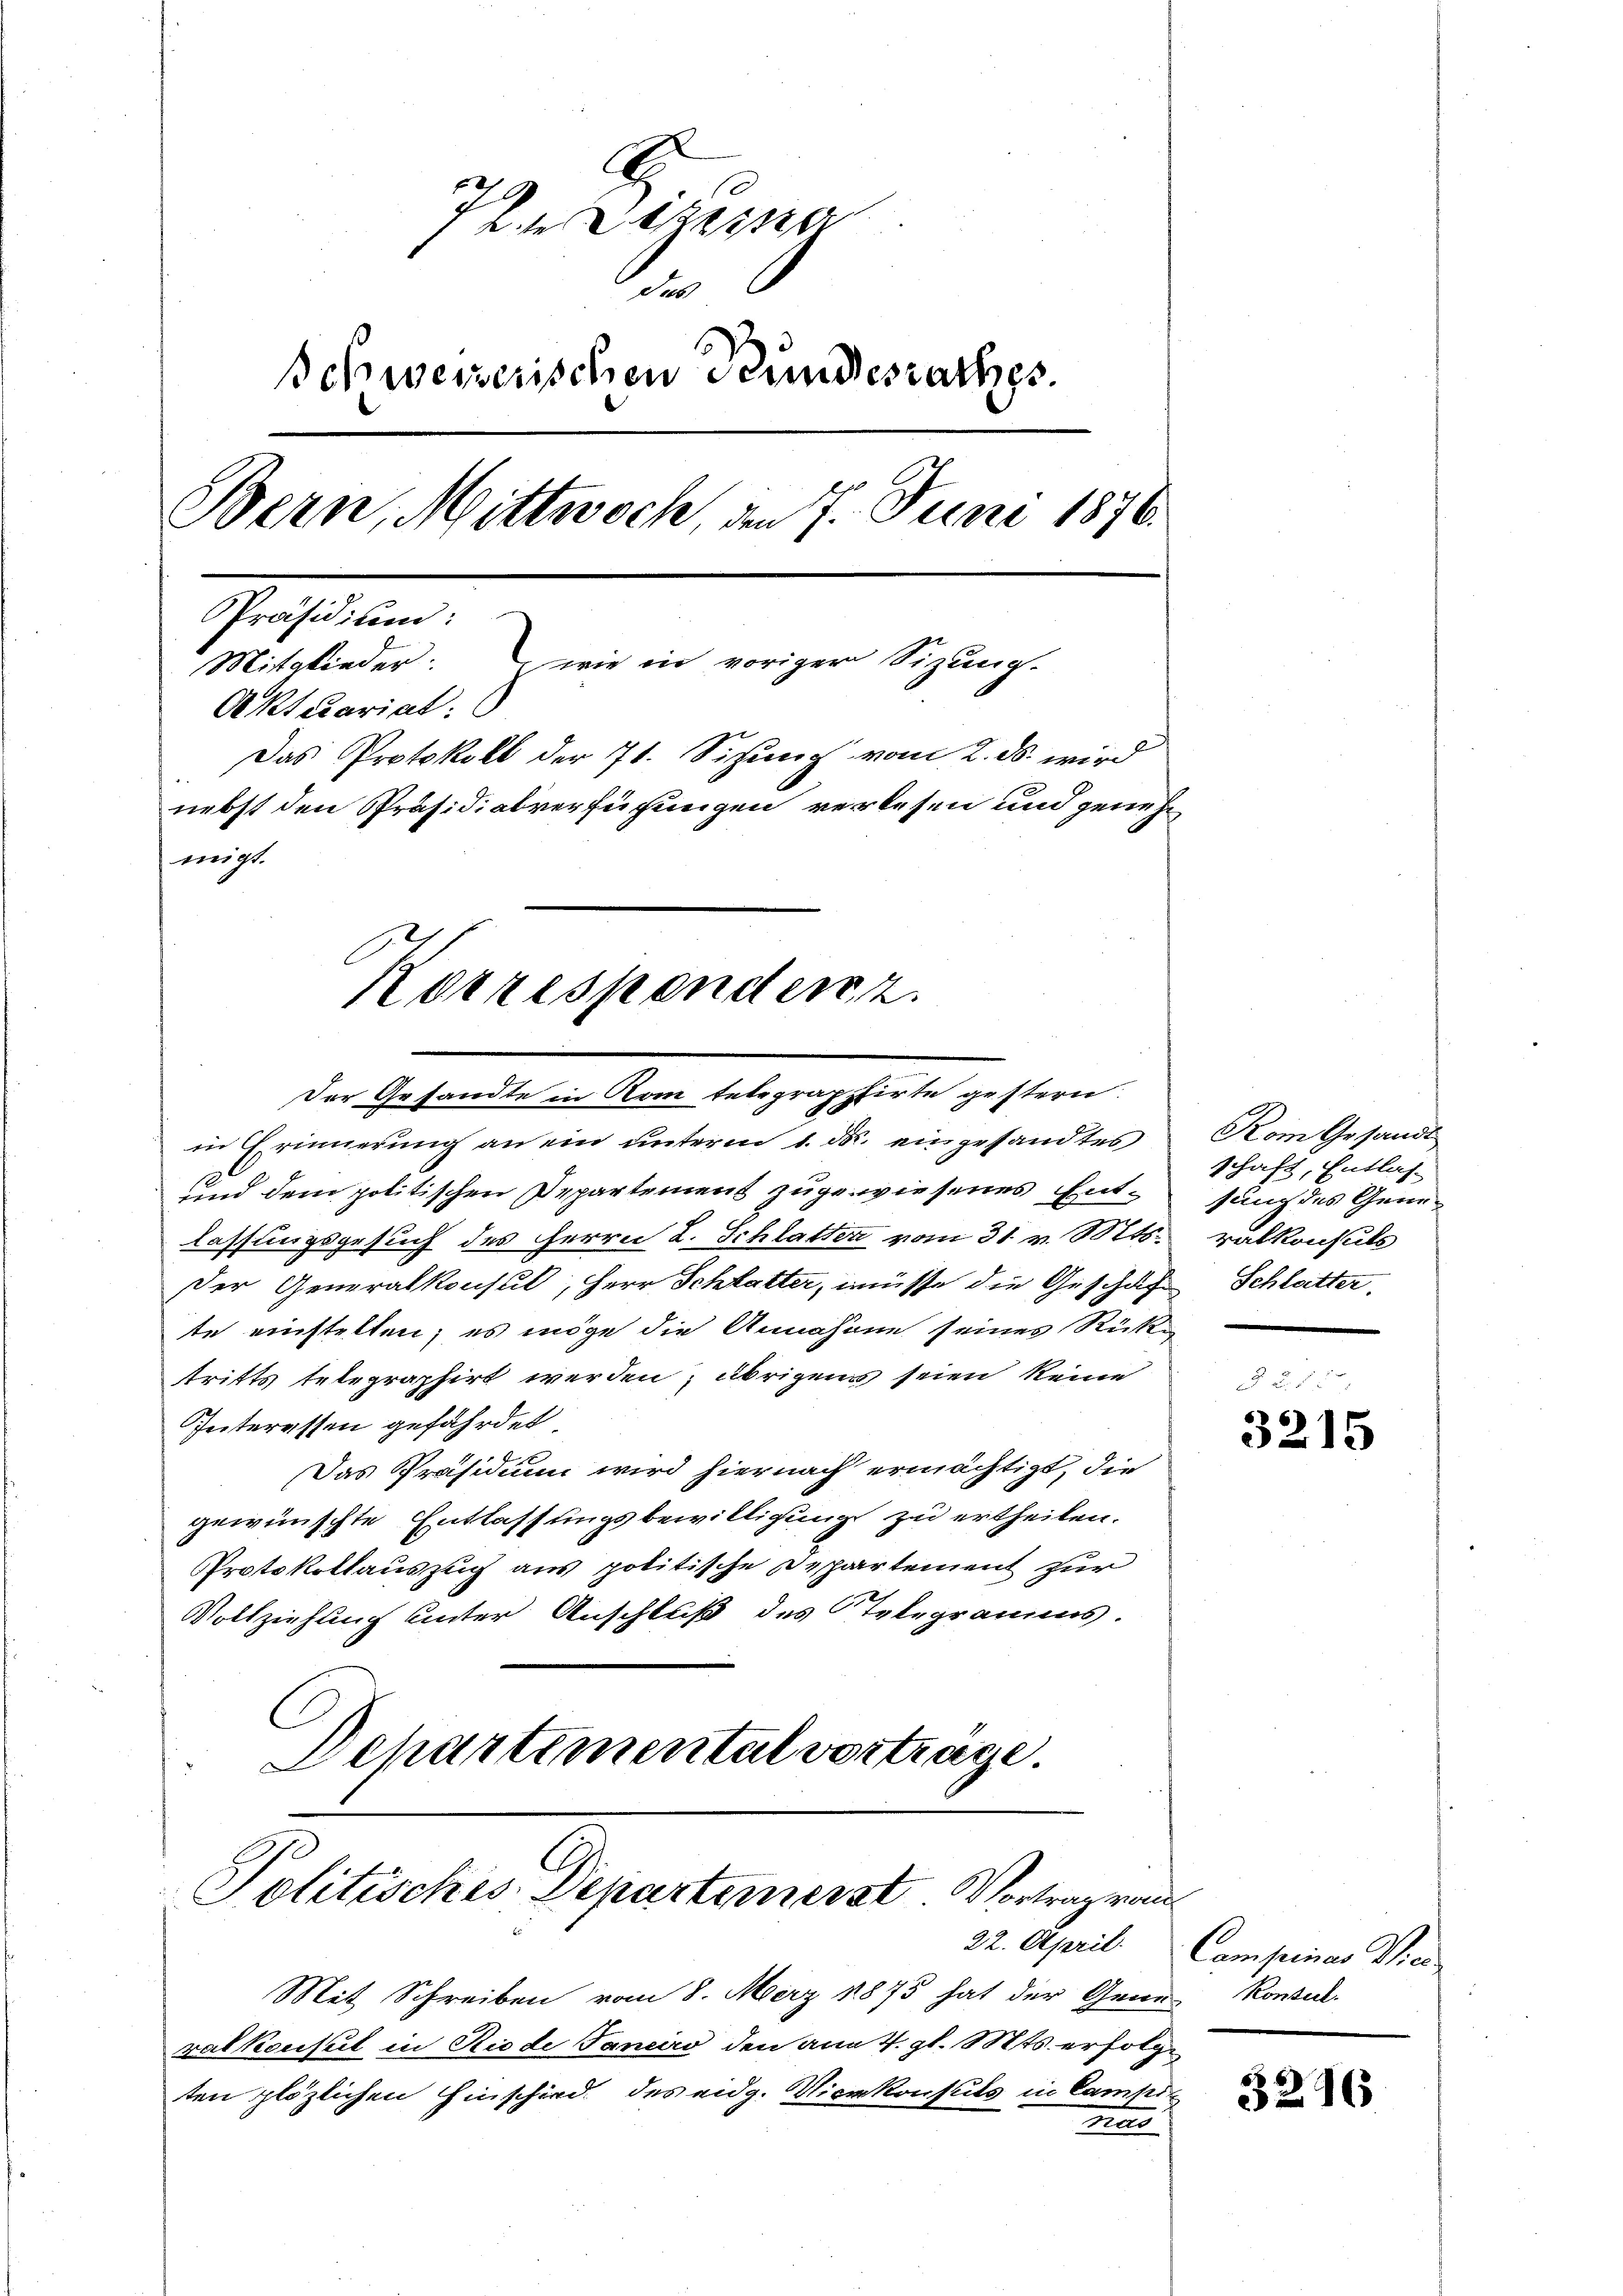
Päss
.
schweizerischen Stundesrathes.
Bern, Mittwoch den 7. Juni 1876.
Präsidium:
Mitglieder: wie in voriger Sizung.
Aktuariat:
Das Protokoll der 71. Sizung vom 2. ds. wird
nebst den Präsidialverfügungen verlesen und genehmigt.
Korrespendenz.

Der Gesandte in Rom telegrappirte gestern.

in Erinnerung an ein unterm 1. d. eingesandtes
und dem politischen Departement zugewiesenes Entlassungsgesuch des Herrn L. Schlatter vom 31. v. Mts.
Der Generalkonsul, Herr Schlatter, müsse die Geschaf Schlatter,
te einstellen; es möge die Annahme seines Rücke
tritts telegraphirt werden; übrigens seien keine
Interessen gefährdet
Das Präsidium wird hiernach ermächtigt, die
gewünschte Entlassungsbewilligung zu ertheilen.
Protokollauszug aus politische Departement zur
Vollziehung unter Anschluß des Telegramms.
Departemental vortrage.

Politisches Departemenst. Vortragen

Mit Schreiben vom 8. März 1875 hat der Gener Konsec
ralkonsul in Riede Janeiro den am 4. gl. Mts. erfolge
ten plözlichen Einschied des eidg. Vicekonsuls in Campi
ras

22. April.

Kom Gesandt
schaft, Entlas-
sung des Generalkonsuls

3215

i
Compeiner Vie

3296